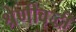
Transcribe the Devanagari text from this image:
श्रेणीवृद्धी